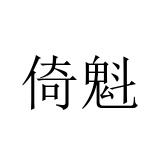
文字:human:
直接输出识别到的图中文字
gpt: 倚魁